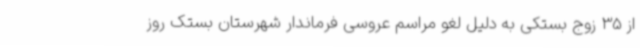
از 35 زوج بستکی به دلیل لغو مراسم عروسی فرماندار شهرستان بستک روز